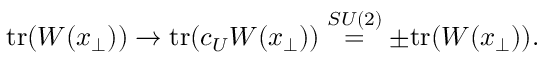
\mathrm { t r } ( W ( x _ { \perp } ) ) \rightarrow \mathrm { t r } ( c _ { U } W ( x _ { \perp } ) ) \stackrel { S U ( 2 ) } { = } \pm \mathrm { t r } ( W ( x _ { \perp } ) ) .